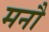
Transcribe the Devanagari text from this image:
मनौ